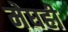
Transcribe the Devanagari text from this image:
मेघही